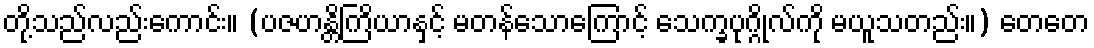
တို့သည်လည်းကောင်း။ (ပဇဟန္တိကြိယာနှင့် မတန်သောကြောင့် သေက္ခပုဂ္ဂိုလ်ကို မယူသတည်း။) တေတေ